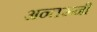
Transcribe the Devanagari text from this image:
अन्तरूनी